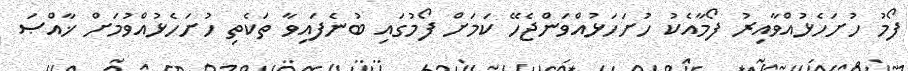
ފޯމު ހުށަހެޅުއްވާއިރު ފޯމާއެކު ހުށަހަޅުއްވަންޖެހޭ ކަމަށް ފޯމުގައި ބުނެފައިވާ ތަކެތި ހުށަހެޅުއްވުމަށް ޚާއްޞަ